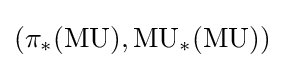
(\pi _{*}({\text{MU}}),{\text{MU}}_{*}({\text{MU}}))